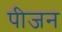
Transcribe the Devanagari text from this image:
पीजन